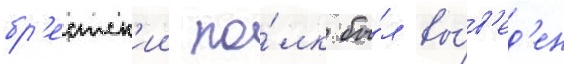
бр'естск'ии по́лк бы́л вы́в'ед'ен